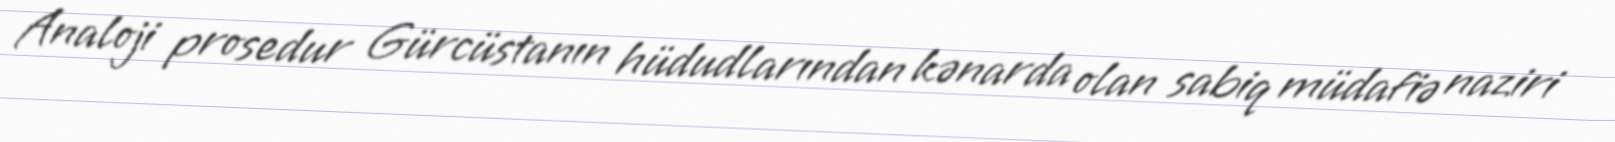
Analoji prosedur Gürcüstanın hüdudlarından kənarda olan sabiq müdafiə naziri